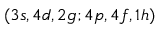
( 3 s , 4 d , 2 g ; 4 p , 4 f , 1 h )